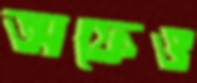
অফেও